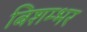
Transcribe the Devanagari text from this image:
बिशम्भर